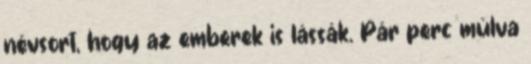
névsort, hogy az emberek is lássák. Pár perc múlva